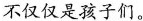
不仅仅是孩子们。